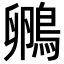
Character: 𮬺